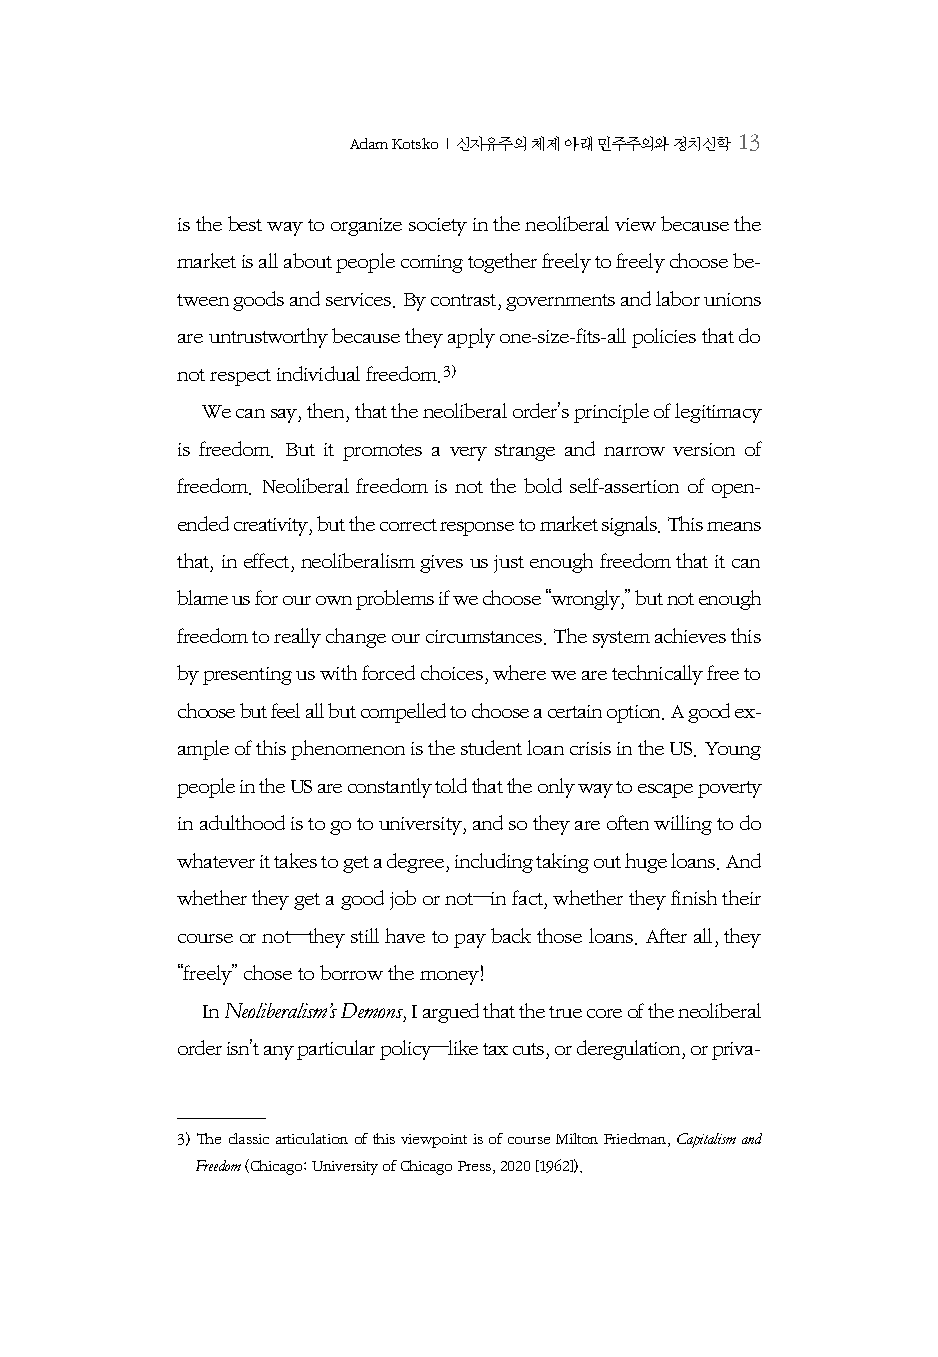
Adam Kotsko | 신자유주의 체제 아래 민주주의와 정치신학 13
 is the best way to organize society in the neoliberal view because the
 market is all about people coming together freely to freely choose be-
 tween goods and services. By contrast, governments and labor unions
 are untrustworthy because they apply one-size-fits-all policies that do
 not respect individual freedom.3)
 We can say, then, that the neoliberal order’s principle of legitimacy
 is freedom. But it promotes a very strange and narrow version of
 freedom. Neoliberal freedom is not the bold self-assertion of open-
 ended creativity, but the correct response to market signals. This means
 that, in effect, neoliberalism gives us just enough freedom that it can
 blame us for our own problems if we choose “wrongly,” but not enough
 freedom to really change our circumstances. The system achieves this
 by presenting us with forced choices, where we are technically free to
 choose but feel all but compelled to choose a certain option. A good ex-
 ample of this phenomenon is the student loan crisis in the US. Young
 people in the US are constantly told that the only way to escape poverty
 in adulthood is to go to university, and so they are often willing to do
 whatever it takes to get a degree, including taking out huge loans. And
 whether they get a good job or not—in fact, whether they finish their
 course or not—they still have to pay back those loans. After all, they
 “freely” chose to borrow the money!
 In Neoliberalism’s Demons, I argued that the true core of the neoliberal
 order isn’t any particular policy—like tax cuts, or deregulation, or priva-
 3) The classic articulation of this viewpoint is of course Milton Friedman, Capitalism and
 Freedom (Chicago: University of Chicago Press, 2020 [1962]).